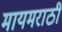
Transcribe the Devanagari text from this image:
मायमराठी